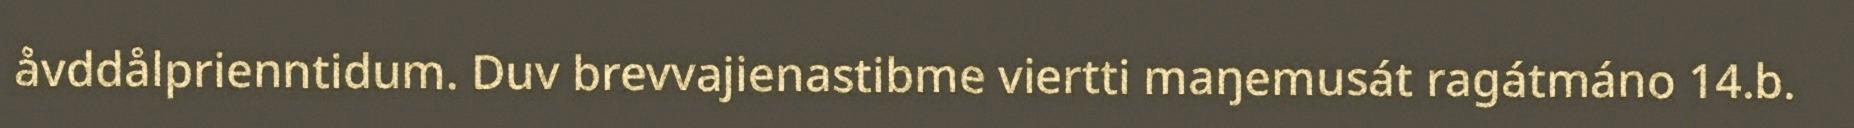
åvddålprienntidum. Duv brevvajienastibme viertti maŋemusát ragátmáno 14.b.